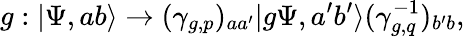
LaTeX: g:|\Psi,ab\rangle\to(\gamma_{g,p})_{aa^{\prime}}|g\Psi,a^{\prime}b^{\prime}\rangle(\gamma_{g,q}^{-1})_{b^{\prime}b},